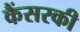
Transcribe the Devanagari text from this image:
कैंसरकी